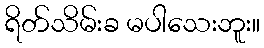
ရိတ်သိမ်းခ မပါသေးဘူး။